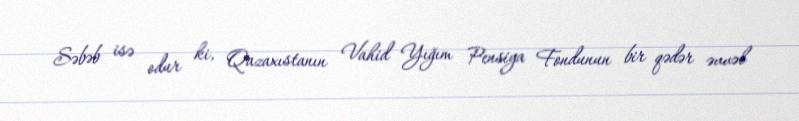
Səbəb isə odur ki, Qazaxıstanın Vahid Yığım Pensiya Fondunun bir qədər əvvəl